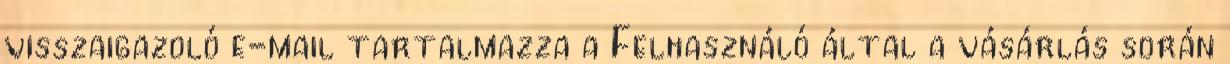
visszaigazoló e-mail tartalmazza a Felhasználó által a vásárlás során